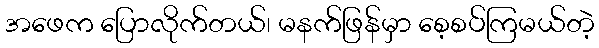
အဖေက ပြောလိုက်တယ်၊ မနက်ဖြန်မှာ စေ့စပ်ကြမယ်တဲ့